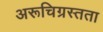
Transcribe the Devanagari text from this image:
अरूचिग्रस्तता